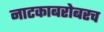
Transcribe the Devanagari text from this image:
नाटकाबरोबरच